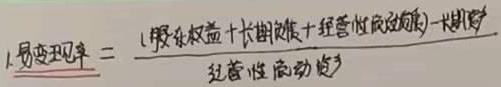
1. 易变现率 \(=\frac{(股东权益 + 长期负债 + 经营性流动负债)-长期资产}{经营性流动资产}\)